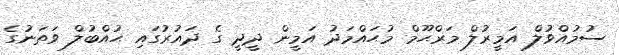
ސުމުއްވުލް އަމީރުލް މަރްޙޫމް މުޙައްމަދު އަމީން ދީދީ ގެ ދައުރުގައި ޙުއްބުލް ވަތަނުގެ